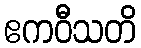
ဧကဝီသတိ